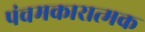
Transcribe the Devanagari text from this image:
पंचमकारात्मक